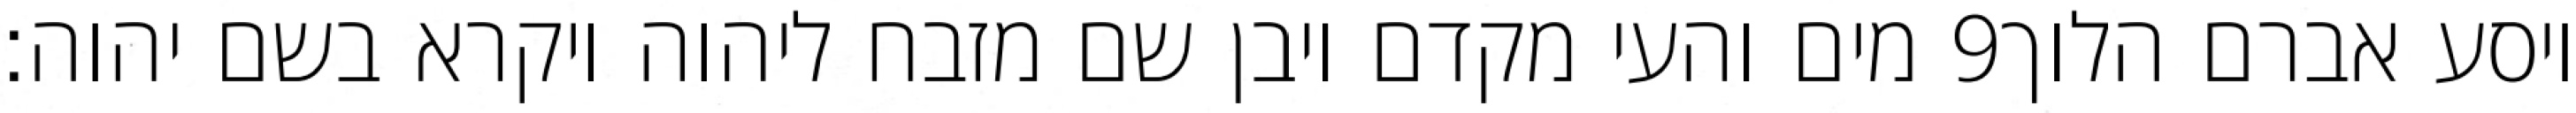
מים והעי מקדם ויבן שם מזבח ליהוה ויקרא בשם יהוה׃ ‎9‏ ויסע אברם הלוך